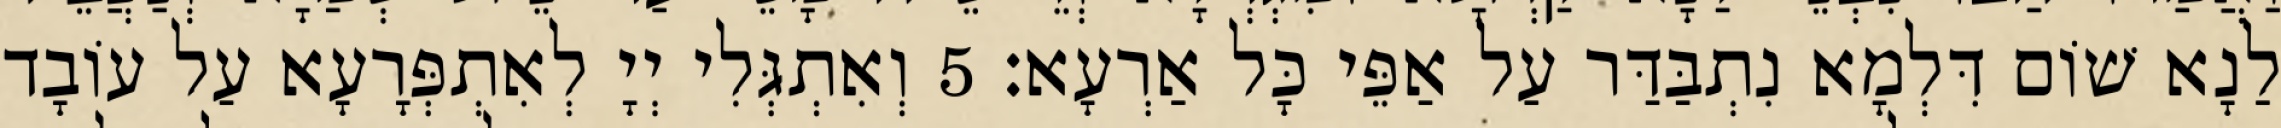
לַנָא שׁוֹם דִּלְמָא נִתְבַּדַּר עַל אַפֵּי כָּל אַרְעָא׃ 5 וְאִתְגְּלִי יְיָ לְאִתְפְּרָעָא עַל עוֹבָד